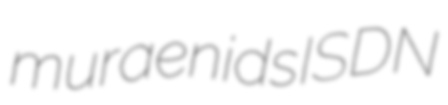
muraenids ISDN